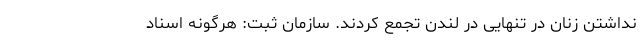
نداشتن زنان در تنهایی در لندن تجمع کردند. سازمان ثبت: هرگونه اسناد